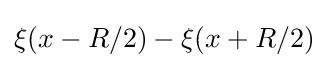
\xi (x-R/2)-\xi (x+R/2)